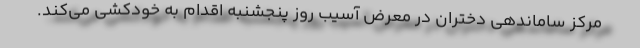
مرکز ساماندهی دختران در معرض آسیب روز پنجشنبه اقدام به خودکشی می‌کند.